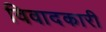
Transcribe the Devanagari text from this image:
विवादकारी